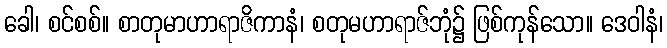
ခေါ၊ စင်စစ်။ စာတုမာဟာရာဇိကာနံ၊ စတုမဟာရာဇ်ဘုံ၌ ဖြစ်ကုန်သော။ ဒေဝါနံ၊